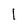
Character: 1